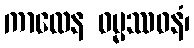
ကာလေန ဓမ္မဿဝနံ၊